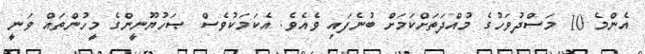
އެންމެ 10 މަސްދުވަހުގެ މުއްދަތަށްކަމަށް ބުނެފައި ވެއެވެ. އެކަމަކުވެސް ޞަހުޔޫނީންގެ މީހުންތައް ވަނީ